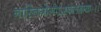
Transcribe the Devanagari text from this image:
नास्तियोगोऽस्वलक्षकः।।